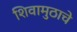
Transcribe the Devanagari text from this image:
शिवामुठाचे